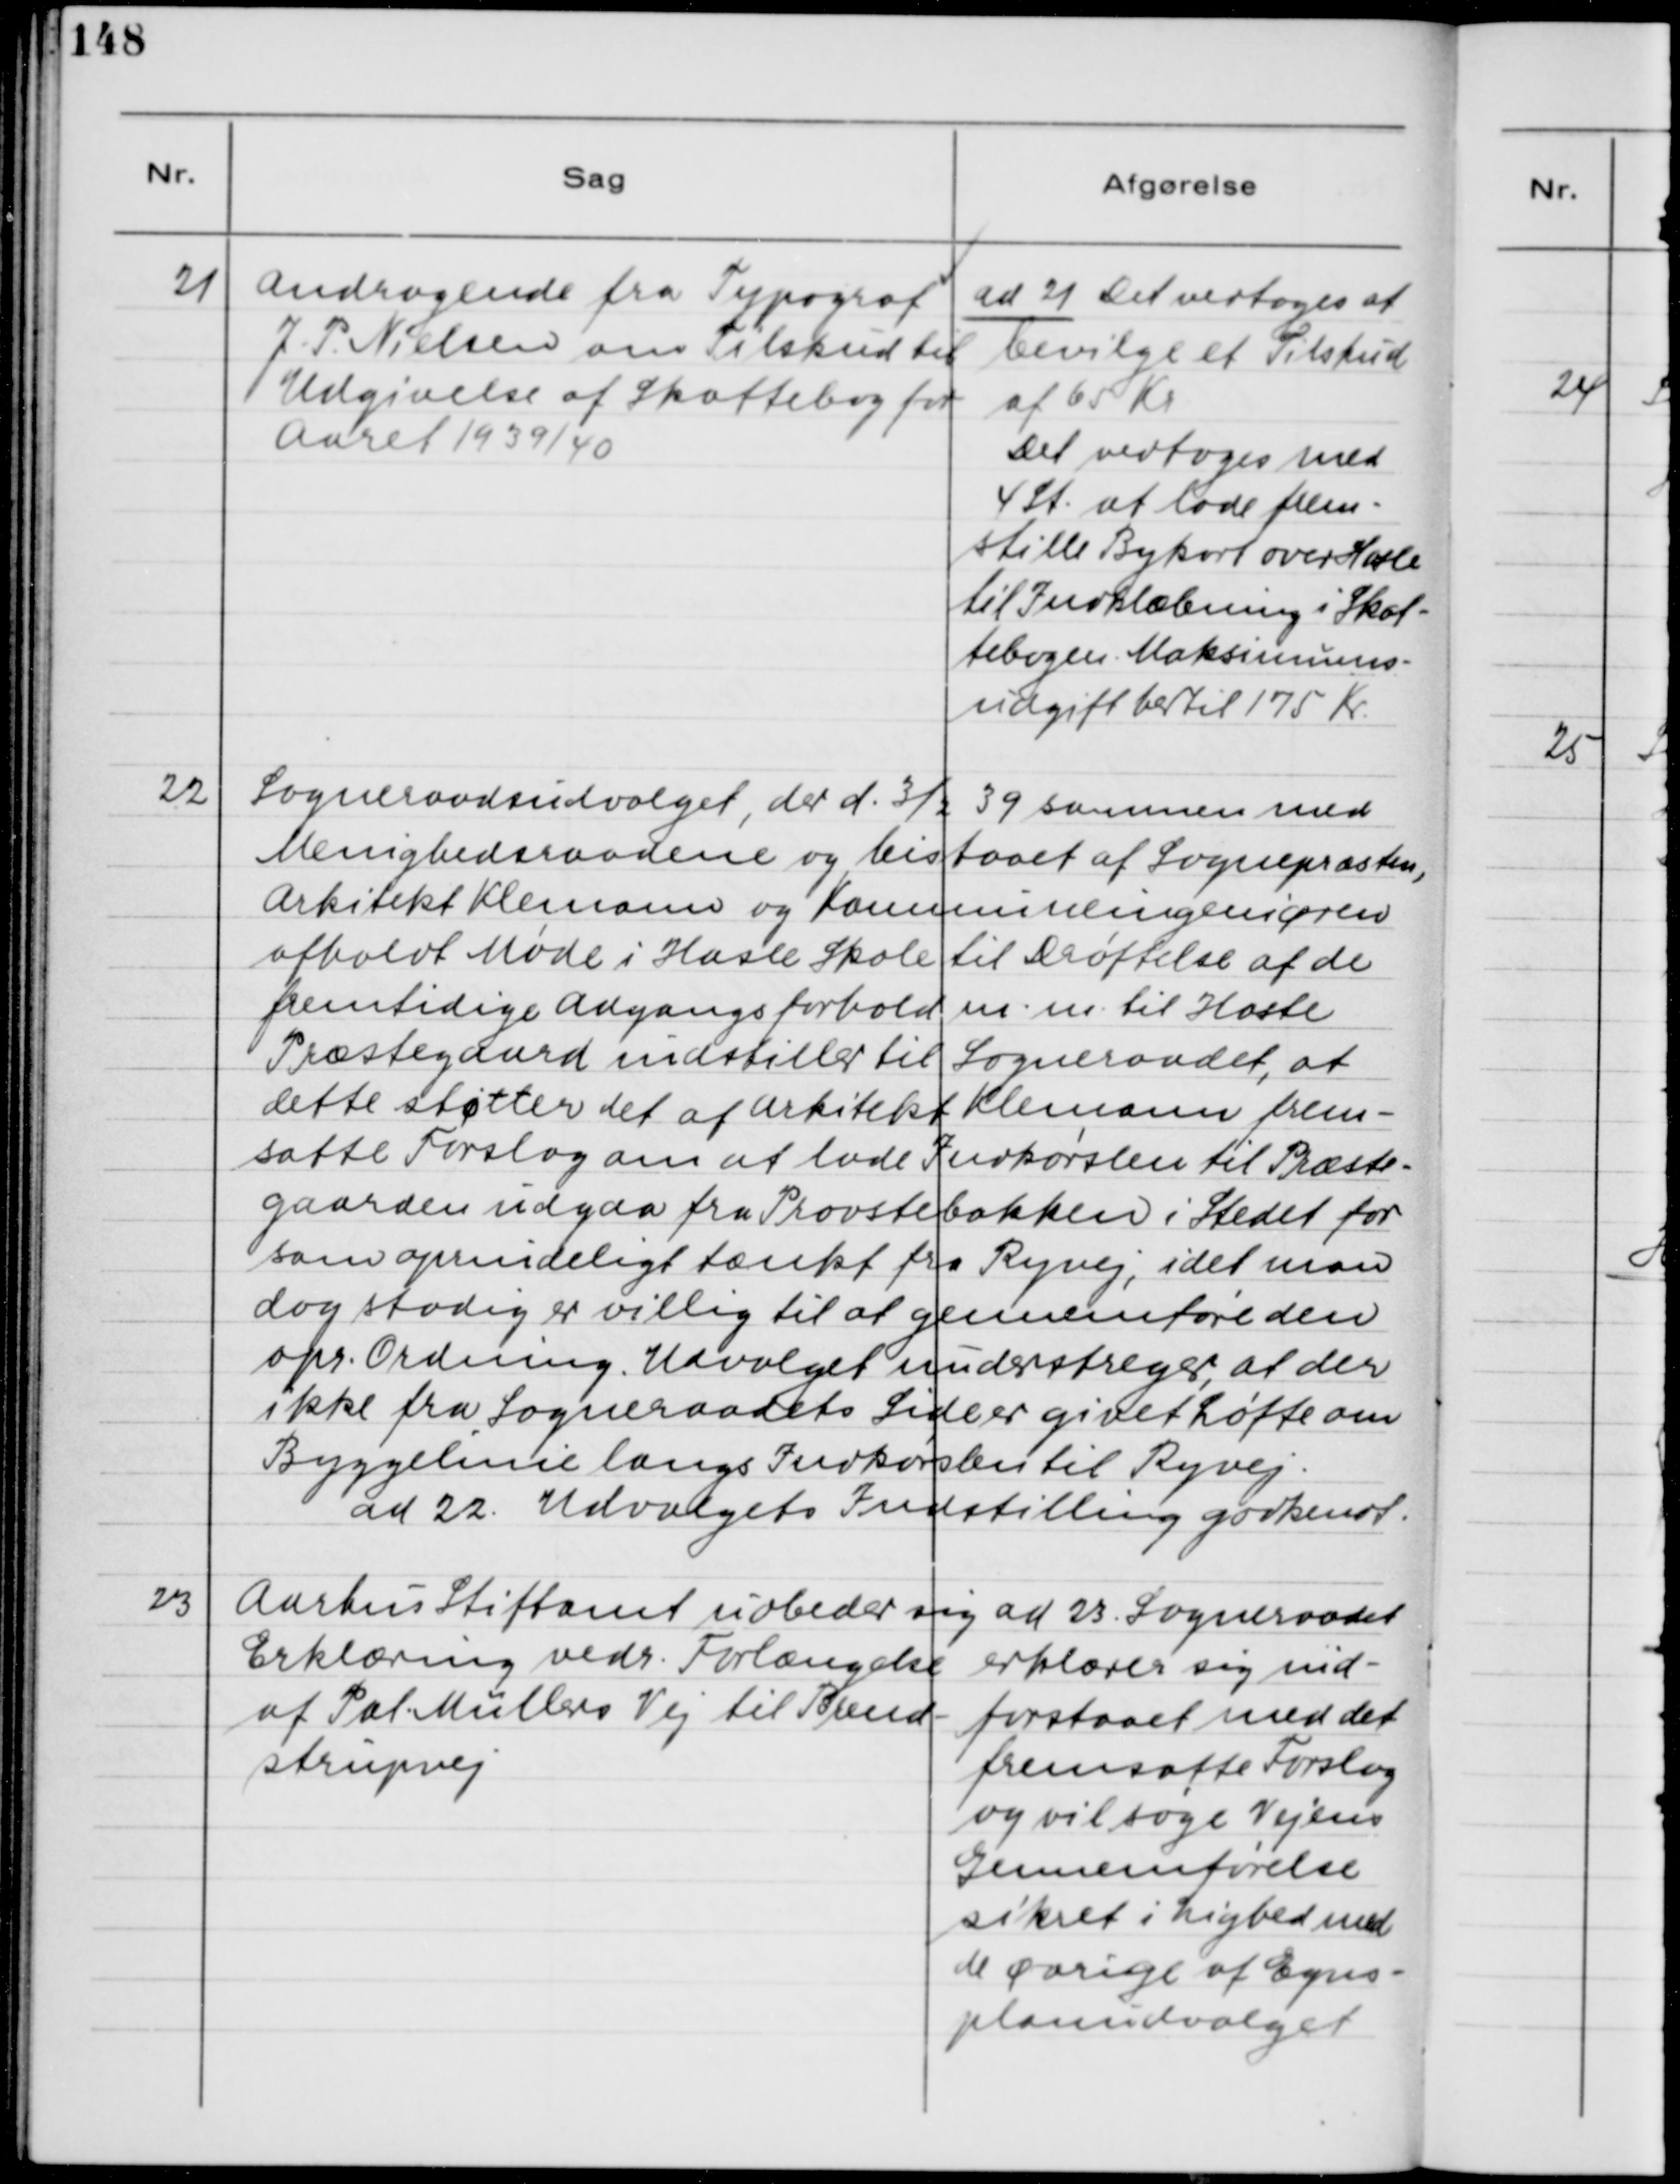
Transskription:
21. Andragende fra Typograf
J. P. Nielsen om Tilskud til
Udgivelse af Skattebog for
Aaret 1939/40.

ad 21. Det vedtoges at
bevilge et Tilskud
af 65 Kr.
Det vedtoges med
4 St. at lade frem-
stille Bykort over Hasle
til Indklæbning i Skat-
tebogen. Maksimums-
udgift hertil 175 Kr.

22. Sogneraadsudvalget, der d. 3/2 39 sammen med
Menighedsraadene og bistaaet af Sognepræsten,
Arkitekt Klemann og Kommuneingeniøren
afholdt Møde i Hasle Skole til Drøftelse af de
fremtidige Adgangsforhold m.m. til Hasle
Præstegaard indstiller til Sogneraadet, at
dette støtter det af Arkitekt Klemann frem-
satte Forslag om at lade Indkørslen til Præste-
gaarden udgaa fra Provstebakken i Stedet for
som oprindeligt tænkt fra Ryvej, idet man
dog stadig er villig til at gennemføre den
opr. Ordning. Udvalget understreger, at der
ikke fra Sogneraadets Side er givet Løfte om
Byggelinie langs Indkørslen til Ryvej.
ad 22. Udvalgets Indstilling godkendt.

23. Aarhus Stiftsamt udbeder sig
Erklæring vedr. Forlængelse
af Pal. Müllers Vej til Brend-
strupvej.

ad 23. Sogneraadet
erklærer sig ind-
forstaaet med det
fremsatte Forslag
og vil søge Vejens
Gennemførelse
sikret i Lighed med
de øvrige af Egns-
planudvalget.